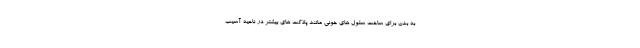
به بدن برای ساخت سلول های خونی مانند پلاکت های بیشتر در ناحیه آسیب